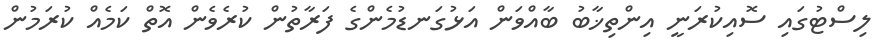
ލިސްޓުގައި ސޮއިކުރަނީ އިންތިޚާބު ބާއްވަން އަޅުގަނޑުމެންގެ ފަރާތުން ކުރެވެން އޮތް ކަމެއް ކުރަމުން